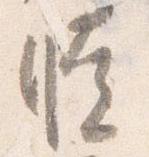
暁